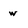
Character: w